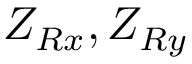
Z _ { R x } , Z _ { R y }